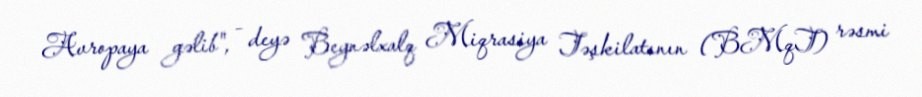
Avropaya gəlib", - deyə Beynəlxalq Miqrasiya Təşkilatının (BMqT) rəsmi